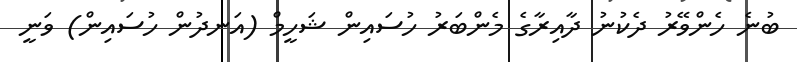
ބުނެ ހެންވޭރު ދެކުނު ދާއިރާގެ މެންބަރު ހުސައިން ޝަހީމް (އަނދުން ހުސައިން) ވަނީ